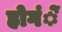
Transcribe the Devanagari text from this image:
होगंें